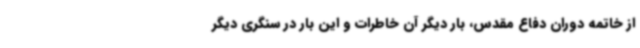
از خاتمه دوران دفاع مقدس، بار دیگر آن خاطرات و این بار در سنگری دیگر